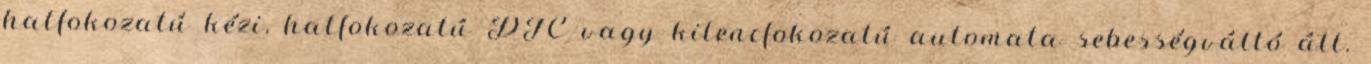
hatfokozatú kézi, hatfokozatú DTC vagy kilencfokozatú automata sebességváltó áll.